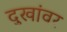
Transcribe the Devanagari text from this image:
दुखांवर